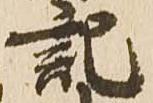
記